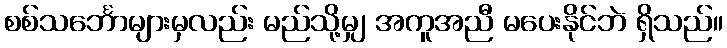
စစ်သင်္ဘောများမှလည်း မည်သို့မျှ အကူအညီ မပေးနိုင်ဘဲ ရှိသည်။